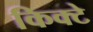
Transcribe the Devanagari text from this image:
किक्टे